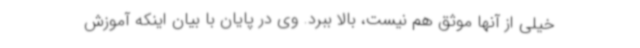
خیلی از آنها موثق هم نیست، بالا ببرد. وی در پایان با بیان اینکه آموزش